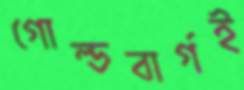
গোল্ডবার্গই